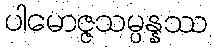
ပါမောဇ္ဇသမ္ပန္နဿ